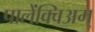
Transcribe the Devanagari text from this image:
पालेंक्विअम्‌